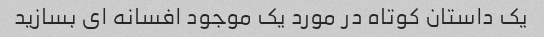
یک داستان کوتاه در مورد یک موجود افسانه ای بسازید